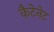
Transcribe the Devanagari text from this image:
कैटेनेट